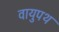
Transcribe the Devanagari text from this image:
वायुपथ